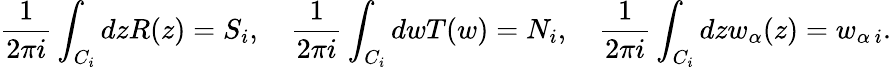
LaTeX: \frac{1}{2\pi i}\int_{C_{i}}dzR(z)=S_{i},~~~~\frac{1}{2\pi i}\int_{C_{i}}dwT(w)=N_{i},~~~~\frac{1}{2\pi i}\int_{C_{i}}dzw_{\alpha}(z)=w_{\alpha~i}.